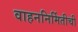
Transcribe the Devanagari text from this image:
वाहननिर्मितीची